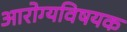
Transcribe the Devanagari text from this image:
अारोग्यविषयक